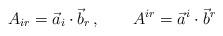
LaTeX: \begin{align*}A_{ir} = \vec{a}_i \cdot \vec{b}_r \,, \qquad A^{ir} = \vec{a}^i \cdot \vec{b}^r\end{align*}